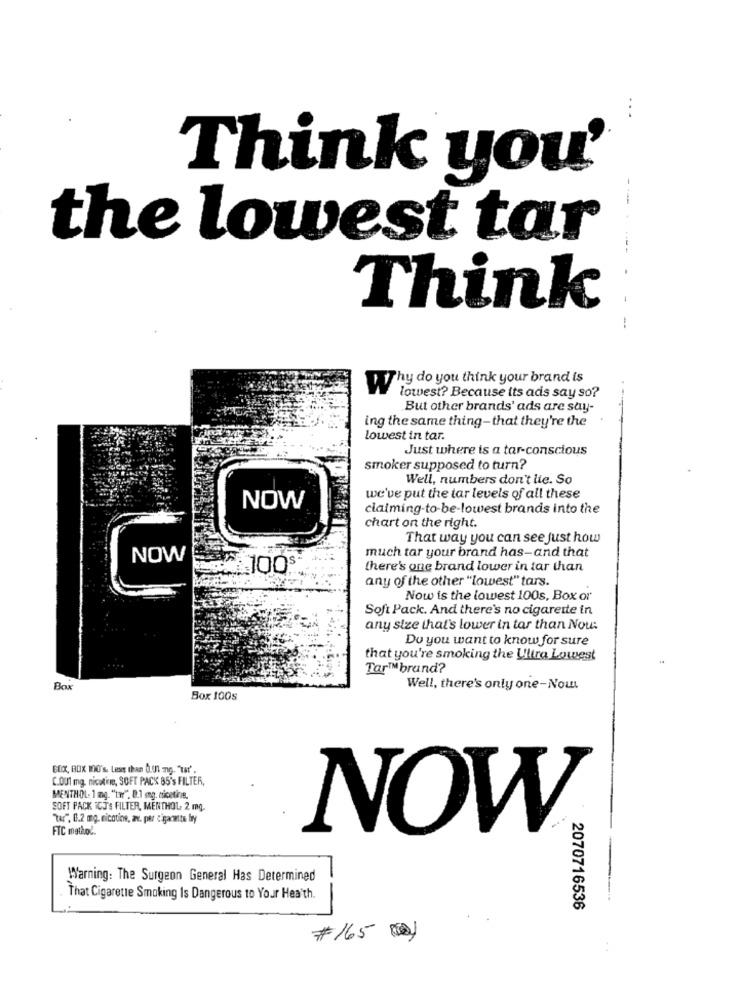
..
Think you'
the lowest tar
Think
Why do you think your brand is
lowest? Because its ads say so?
But other brands' ads are say-
ing the same thing- that they're the
Lowest in tar.
Just where is a tar-conscious
smoker supposed to turn?
Well, numbers don't lie. So
we've put the tar levels of all these
NOW
claiming-to-be-lowest brands into the
chart on the right.
That way you can see just how
much tar your brand has-and that
NOW
100
there's one brand lower in tar than
any of the other "lowest" tars.
Now is the lowest 100s, Box or
Soft Pack. And there's no cigarette in
any size that's lower in tar than Now
Do you want to know for sure
that you're smoking the Ultra Lowest
Tar™ brand?
Box
Well, there's only one-Now
Box 100s
BOX, BOX 100's, Less than 0.01 mg. "tat".
C.OU1 mg. nicotine, SOFT PACK 85's FILTER,
MENTHOL- 1 mg. "twr". 8.1 mg. nicotine.
SOFT PACK ICJ'S FILTER, MENTHOL 2 mg.
"Tar" 0.2 mg. nicotine, av. per cigarette bry
FTC method.
NOW.
Warning: The Surgeon General Has Determined
That Cigarette Smoking Is Dangerous to Your Health.
2070716536
..
#165 (0)